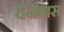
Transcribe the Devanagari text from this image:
वनबास